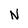
Character: N